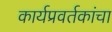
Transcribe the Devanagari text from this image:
कार्यप्रवर्तकांचा